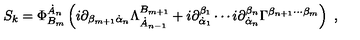
S _ { k } = \Phi _ { B _ { m } } ^ { \dot { A } _ { n } } \left( i \partial _ { \beta _ { m + 1 } \dot { \alpha } _ { n } } \Lambda _ { \dot { A } _ { n - 1 } } ^ { B _ { m + 1 } } + i \partial _ { \dot { \alpha } _ { 1 } } ^ { \beta _ { 1 } } \cdots i \partial _ { \dot { \alpha } _ { n } } ^ { \beta _ { n } } \Gamma ^ { \beta _ { n + 1 } \cdots \beta _ { m } } \right) \ ,